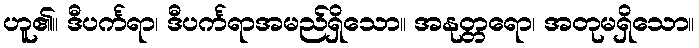
ဟူ၏။ ဒီပင်္ကရာ၊ ဒီပင်္ကရာအမည်ရှိသော။ အနုတ္တရော၊ အတုမရှိသော။